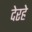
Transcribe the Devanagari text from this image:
देरहे